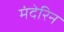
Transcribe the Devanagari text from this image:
मंदेरिन